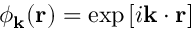
\phi _ { \mathbf { k } } ( \mathbf { r } ) = \exp \left[ i \mathbf { k } \cdot \mathbf { r } \right]